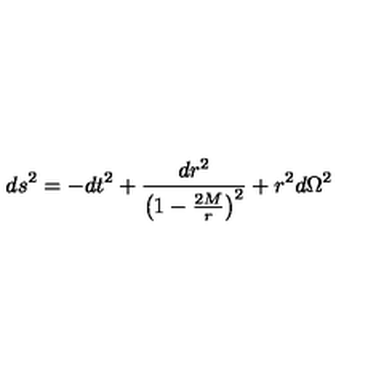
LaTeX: d s ^ { 2 } = - d t ^ { 2 } + \frac { d r ^ { 2 } } { \left( 1 - \frac { 2 M } { r } \right) ^ { 2 } } + r ^ { 2 } d \Omega ^ { 2 }